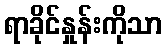
ရာခိုင်နှုန်းကိုသာ